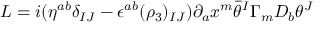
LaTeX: { \cal L } = i ( \eta ^ { a b } \delta _ { I J } - \epsilon ^ { a b } ( \rho _ { 3 } ) _ { I J } ) \partial _ { a } x ^ { m } \bar { \theta } ^ { I } \Gamma _ { m } D _ { b } \theta ^ { J }